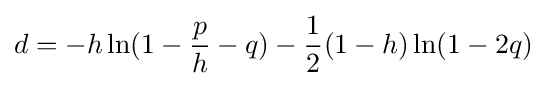
d=-h\ln(1-{p \over h}-q)-{1 \over 2}(1-h)\ln(1-2q)